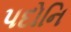
પદોનિ